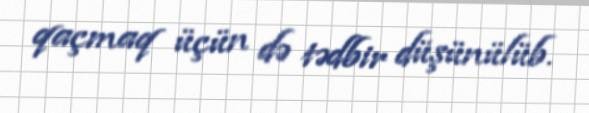
qaçmaq üçün də tədbir düşünülüb.